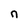
Character: n